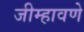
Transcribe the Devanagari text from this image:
जीम्हावणे